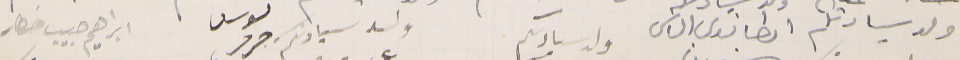
ولد سيادتكم                   انطانيوس الياس             ولد سيادىكم                        ولد سيادتكم      ىوسف جرجس     ابراهيم حبيب خطار